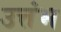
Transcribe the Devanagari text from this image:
उत्तंभ